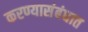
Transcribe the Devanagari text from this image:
करण्यासंबंधात